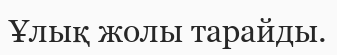
Ұлық жолы тарайды.